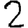
Digit: 2